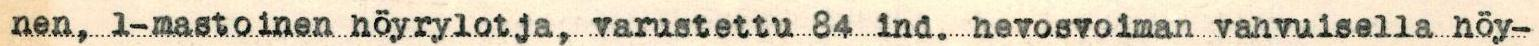
nen, 1-mastoinen höyrylotja, varustettu 84 ind. hevosvoiman vahvuisella höy-